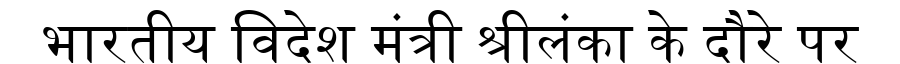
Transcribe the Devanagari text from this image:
भारतीय विदेश मंत्री श्रीलंका के दौरे पर